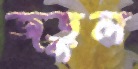
জড়ুল